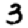
Digit: 3